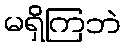
မရှိကြဘဲ